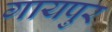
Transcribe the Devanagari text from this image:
गायपुर